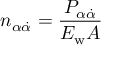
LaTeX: n _ { \alpha \dot { \alpha } } = \frac { P _ { \alpha \dot { \alpha } } } { { \cal E } _ { \mathrm { w } } A }